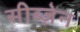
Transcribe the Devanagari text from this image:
सीब्ज़ेन